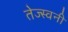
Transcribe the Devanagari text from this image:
तेज्स्वनी